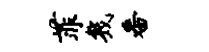
菲几番